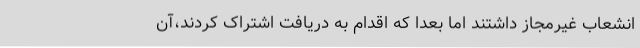
انشعاب غیرمجاز داشتند اما بعدا که اقدام به دریافت اشتراک کردند،آن